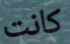
كانت